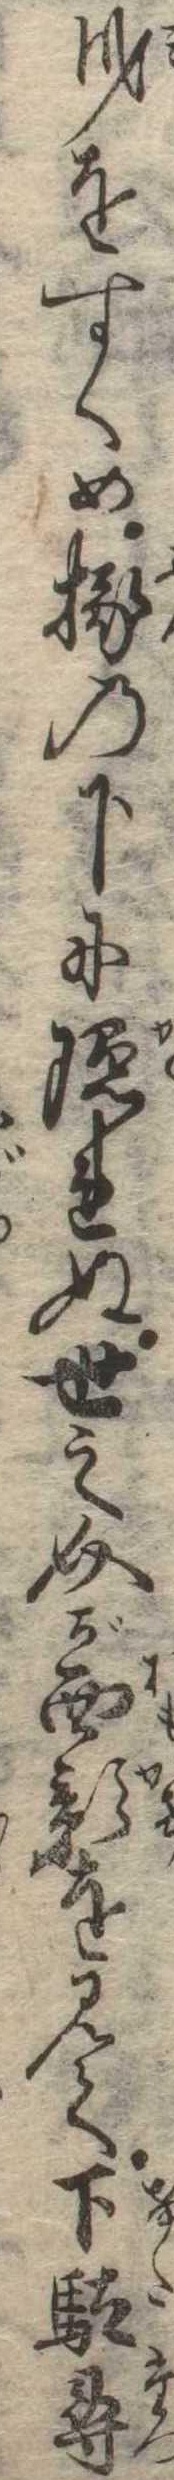
身をすくめ椽の下に隠れぬ世之介が面影を見て下駄尋